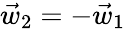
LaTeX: \vec{w}_{2}=-\vec{w}_{1}